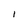
Character: l